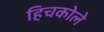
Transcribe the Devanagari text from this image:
हिचकोले